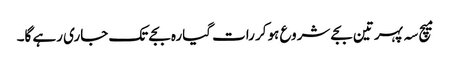
میچ سہ پہر تین بجے شروع ہوکر رات گیارہ بجے تک جاری رہے گا۔